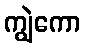
ကျွဲကော